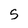
Character: 5